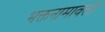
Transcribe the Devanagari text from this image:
भक्तनामावली